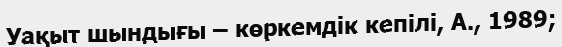
Уақыт шындығы – көркемдік кепілі, А., 1989;